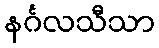
နင်္ဂလသီသာ